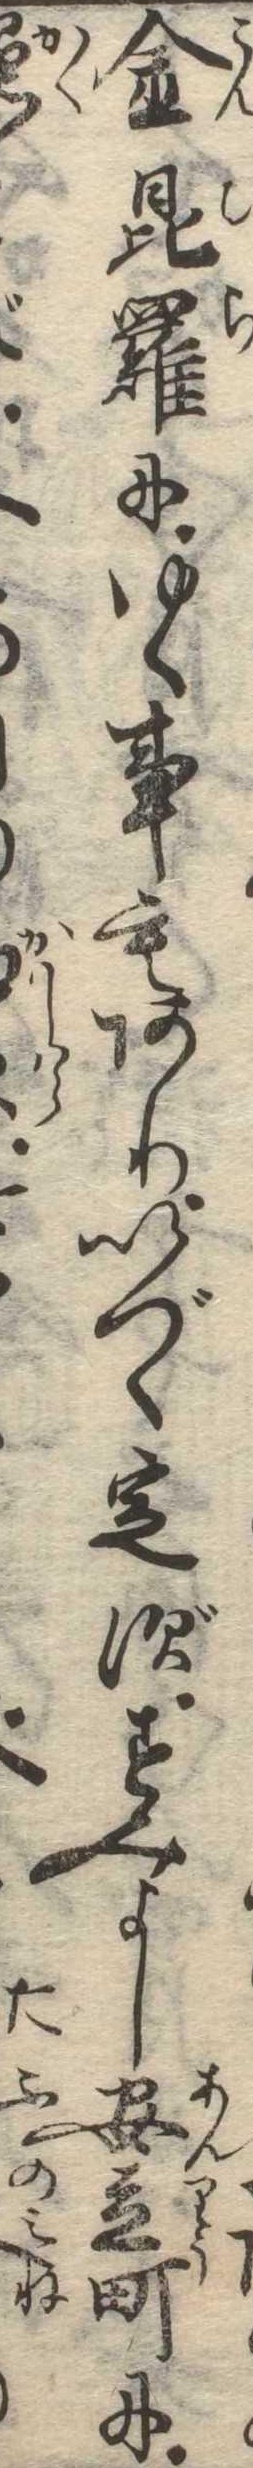
金毘羅にゆく事もありいづく定ずすみよし安立町に